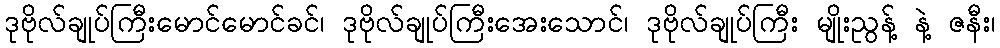
ဒုဗိုလ်ချုပ်ကြီးမောင်မောင်ခင်၊ ဒုဗိုလ်ချုပ်ကြီးအေးသောင်၊ ဒုဗိုလ်ချုပ်ကြီး မျိုးညွန့် နဲ့ ဇနီး၊